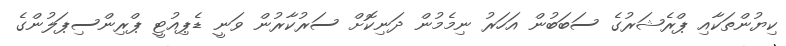
ކިޔުންތަކާއި ޕްރެޝަރުގެ ސަބަބުން އަހަރު ނިމެމުން ދަނިކޮށް ސަރުކާރުން ވަނީ ޑެޕިއުޓީ ޕްރިންސިޕަލުންގެ